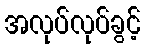
အလုပ်လုပ်ခွင့်